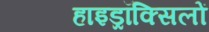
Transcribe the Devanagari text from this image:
हाइड्रॉक्सिलों